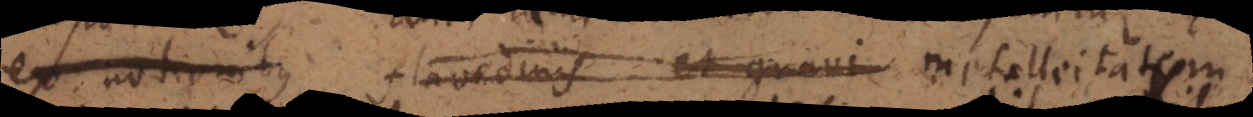
ex notionibus flavedinis et gravi metalleitatis